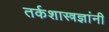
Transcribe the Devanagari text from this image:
तर्कशास्त्रज्ञांनी